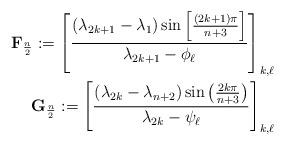
LaTeX: \begin{align*}\mathbf{F}_{\frac{n}{2}} := \left[\frac{(\lambda_{2k+1} - \lambda_{1}) \sin\left[\frac{(2k+1)\pi}{n + 3} \right]}{\lambda_{2k+1} - \phi_{\ell}} \right]_{k,\ell} \\\mathbf{G}_{\frac{n}{2}} := \left[\frac{(\lambda_{2k} - \lambda_{n+2}) \sin\left(\frac{2k\pi}{n + 3} \right)}{\lambda_{2k} - \psi_{\ell}}\right]_{k,\ell} \end{align*}